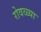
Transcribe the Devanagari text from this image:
रोवळ्या